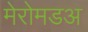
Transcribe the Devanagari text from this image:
मेरोमडअ